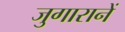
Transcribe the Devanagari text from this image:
जुगारानें